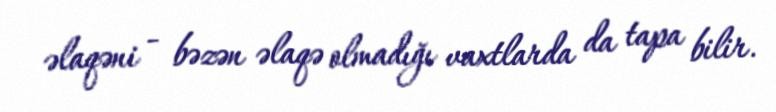
əlaqəni - bəzən əlaqə olmadığı vaxtlarda da tapa bilir.